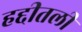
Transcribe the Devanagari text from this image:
हद्दीतली